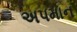
અપમાન